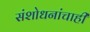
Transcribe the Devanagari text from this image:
संशोधनांचाही